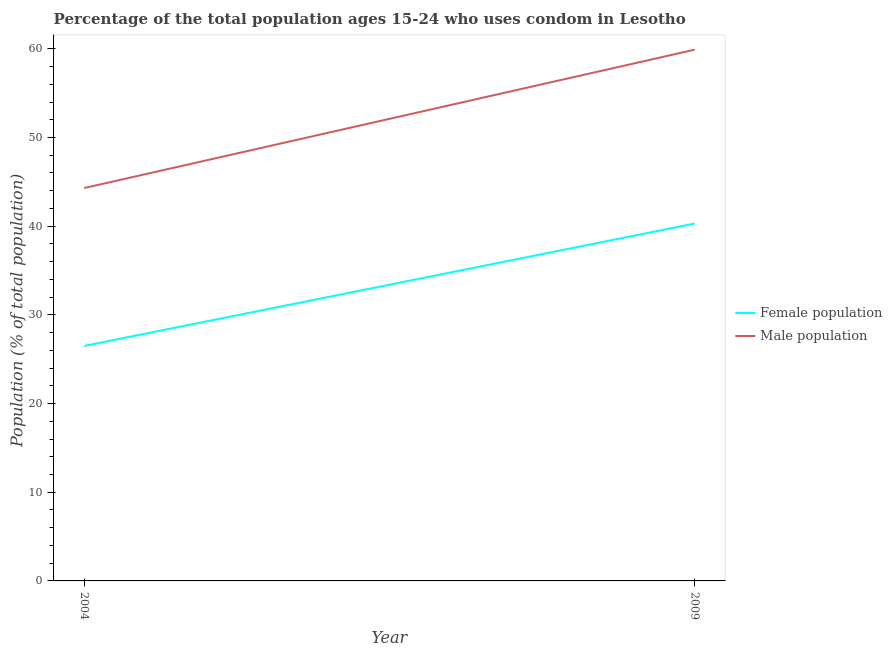
| Year | Female population | Male population |
 | --- | --- | --- |
 | 2004 | 26.5 | 44.3 |
 | 2009 | 40.3 | 59.9 |